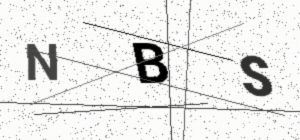
Text: NBS